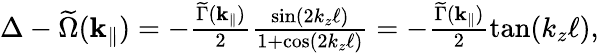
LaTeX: \begin{array}{r}{\Delta-\widetilde\Omega(\mathbf{k}_{\parallel})=-\frac{\widetilde\Gamma({\mathbf{k}_{\parallel}})}{2}\frac{\sin(2k_{z}\ell)}{1+\cos(2k_{z}\ell)}=-\frac{\widetilde\Gamma({\mathbf{k}_{\parallel}})}{2}\tan(k_{z}\ell),}\end{array}